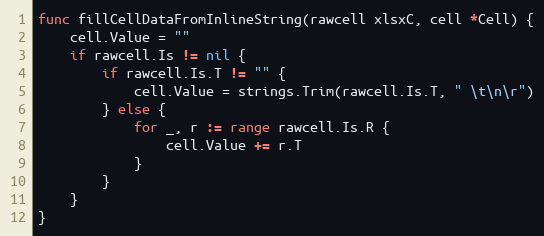
Language: Go
func fillCellDataFromInlineString(rawcell xlsxC, cell *Cell) {
	cell.Value = ""
	if rawcell.Is != nil {
		if rawcell.Is.T != "" {
			cell.Value = strings.Trim(rawcell.Is.T, " \t\n\r")
		} else {
			for _, r := range rawcell.Is.R {
				cell.Value += r.T
			}
		}
	}
}